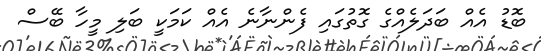
ބޮޑު އެއް ބަދަލެއްގެ ގޮތުގައި ފެންނާނެ އެއް ކަމަކީ ބަލި މީހާ ބޭސް